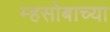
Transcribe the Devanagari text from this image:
म्हसोबाच्या